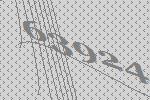
63924